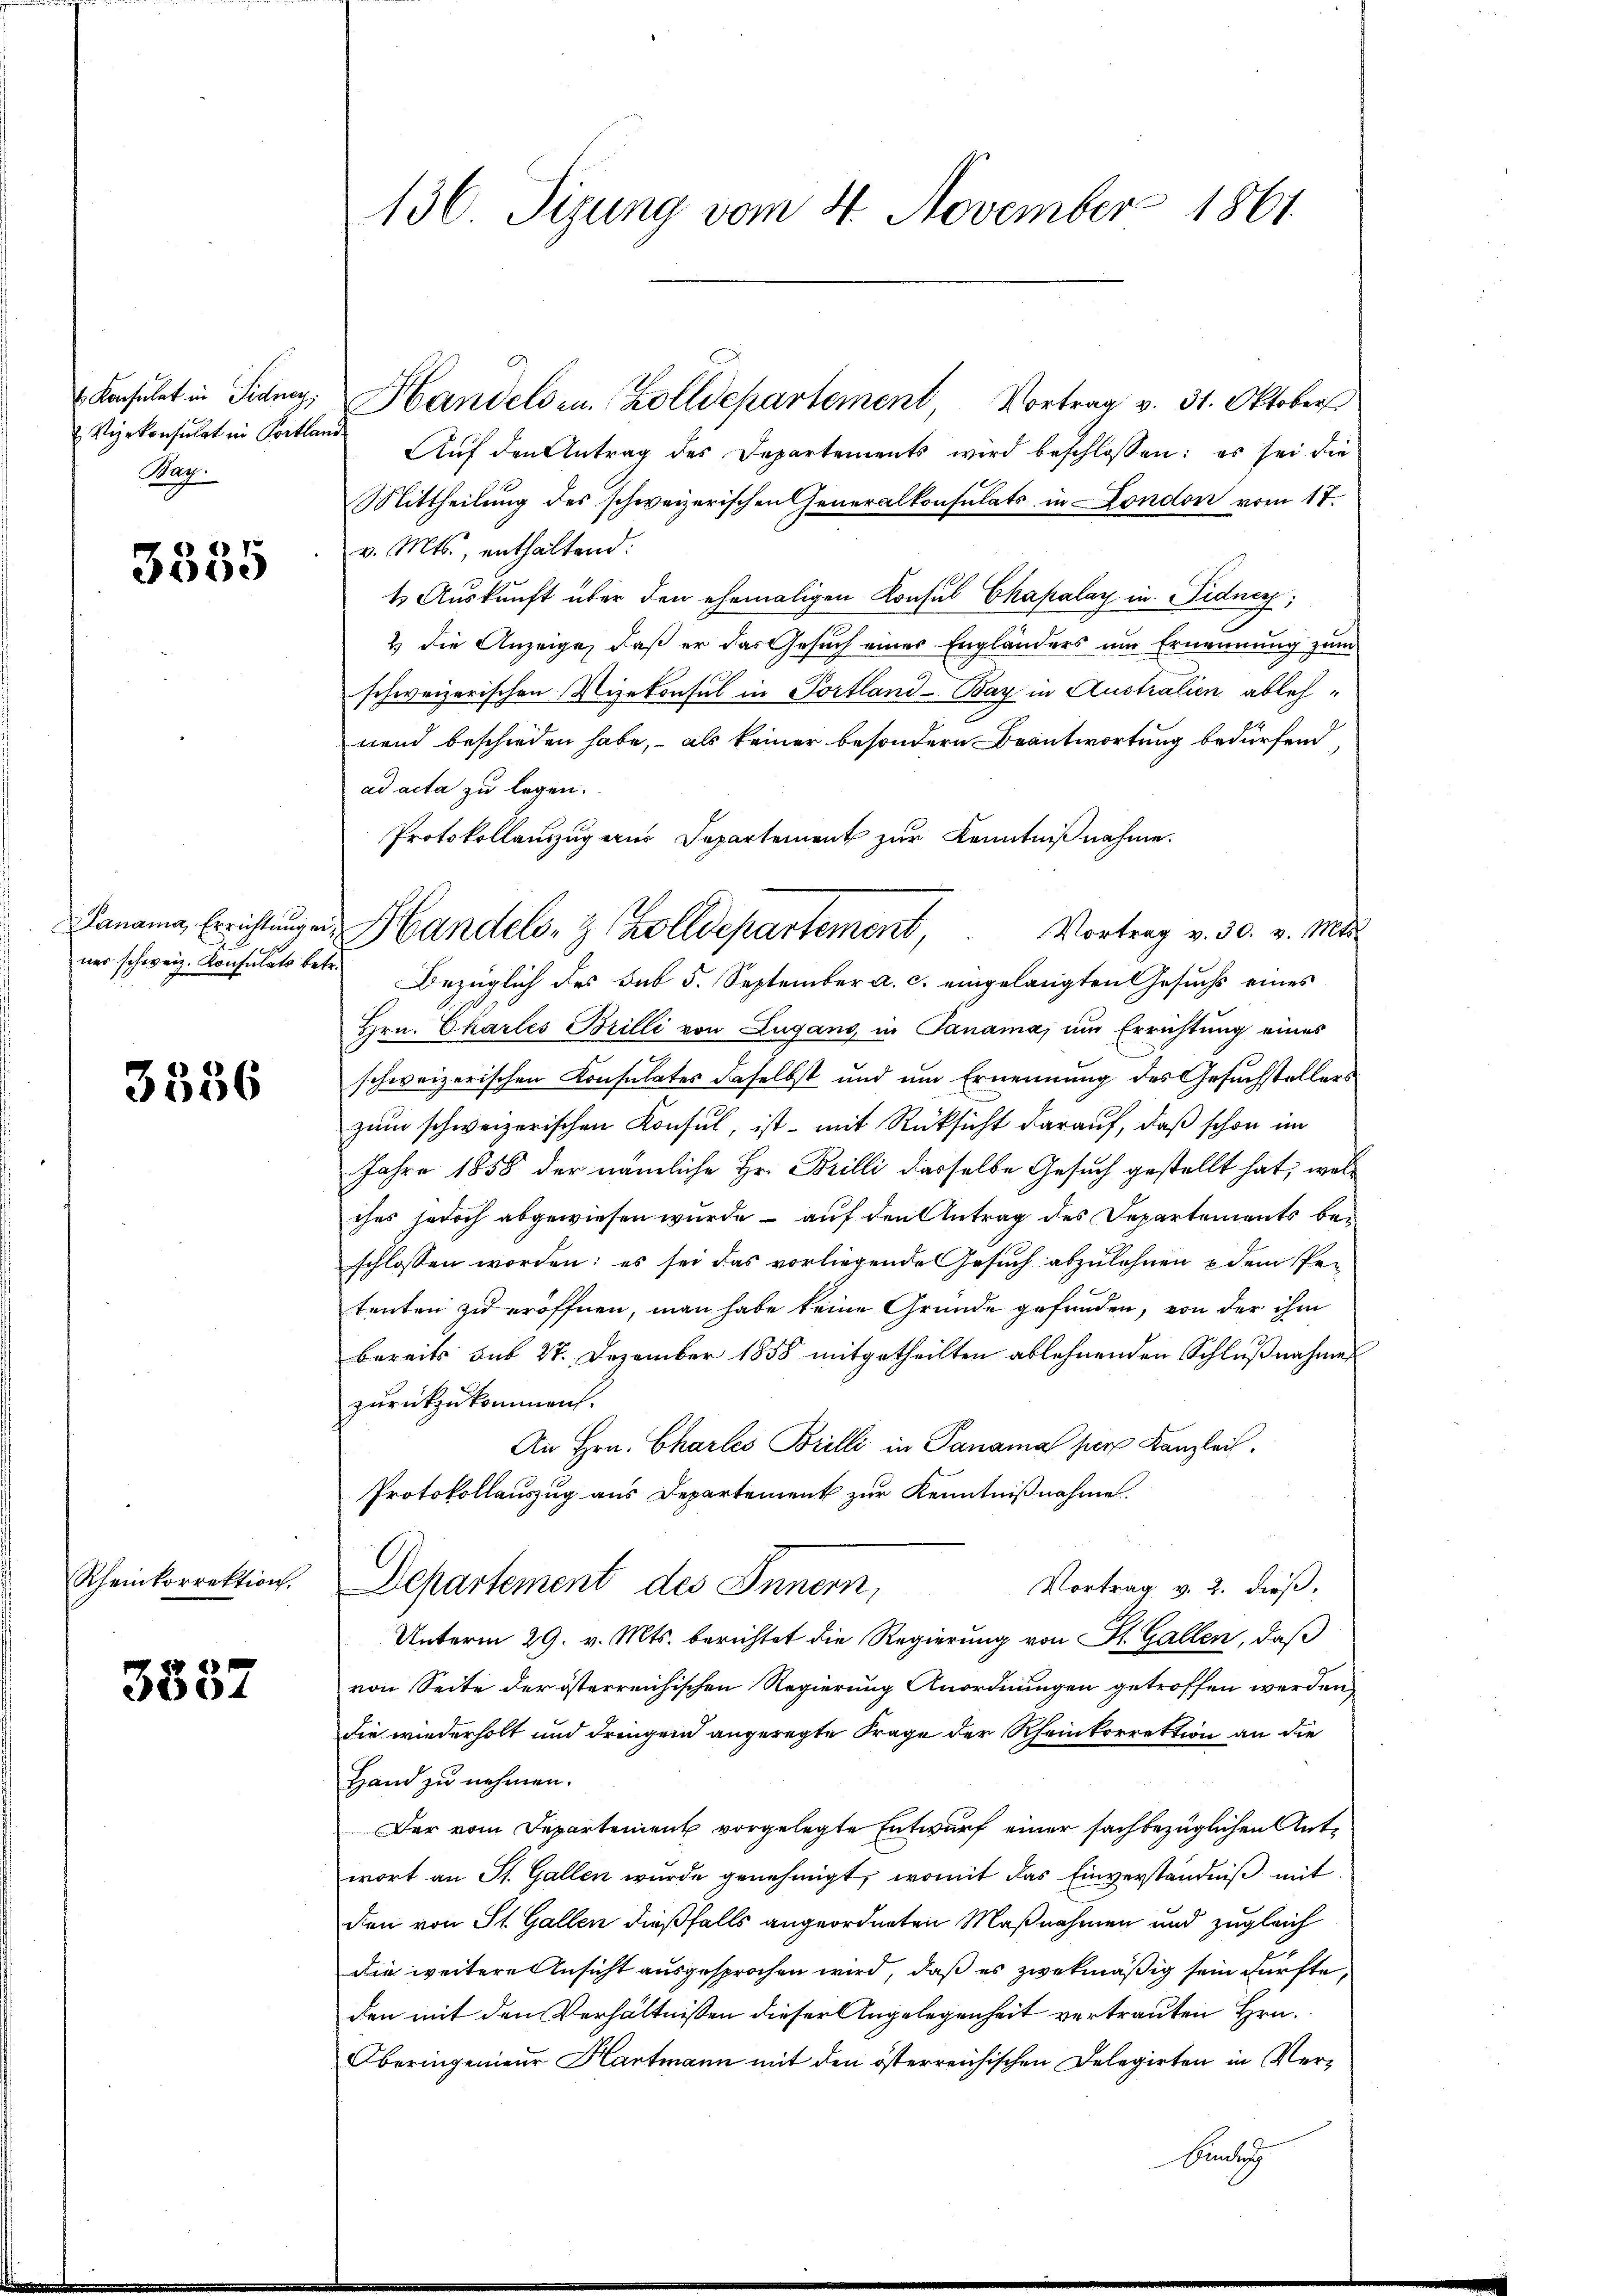
Konsulat in Fidney;
Vizekonsulat in Portlaris
Bag.

3335

Lanama, Errichtung en
ner schweiz. Konsulats betr.

3536

Rheinkorrektion.

204

136 Tizung vom 4. November 1861

Handels u. Zolldepartement Vortrag v. 31. Oktober
Auf den Antrag des Departements wird beschlossen: es sei die
Mittheilung des schweizerischen Generalkonsulats in London vom 17.
v. Mts., enthaltend:
t Auskunft über den ehemaligen Konsul Chapalay in Fidner,
2 die Anzeige, daß er das Gesuch einer Engländers um Ernennung zum
schweizerischen Vizekonsul in Portland-Bay in Australien ablehnend beschieden habe, – als keiner besondern Beantwortung bedürfen
ad acta zu legen.
Protokollauszug eines Departement zur Kenntnißnahme.
Bezüglich des Sub 5. September a. c. eingelangten Gesuchs eines
Hrn. Chartes Brilli von Lugano, in Panama, um Errichtung eines
schweizerischen Consulates daselbst und um Ernennung des Gesuchstellers
zum schweizerischen Konsul, ist - mit Rücksicht darauf, daß schon im
Jahre 1858 der nämliche Hr. Brilli dasselbe Gesuch gestellt hat; welches jedoch abgewiesen wurde – auf den Antrag des Departements beschlossen worden; es sei das vorliegende Gesuch abzulehnen & dem Per
tenten zu eröffnen, man habe keine Gründe gefunden, von der ihm
bereits sub 27. Dezember 1858 mitgetheilten ablehnenden Schlußnahmen
zurückzukommen.
An Hrn. Charles Brilli in Panama per Kanzlei.
Protokollauszug aus Departement zur Kenntnißnahme.
Vortrag v. 2. dieß,
Departement des Innern,
Unterm 29. v. Mts. berichtet die Regierung von St. Gallen, daß
von Seite der österreichischen Regierung Anordnungen getroffen werden
die wiederholt und dringen angeregte Frage der Rheinkorrektion an die
Hand zu nehmen.
Der vom Departement vorgelegte Entwurf einer sachbezüglichen Antwort an St. Gallen wurde genehmigt, womit das Einverständniß mit
den von St. Gallen dießfalls angeordneten Maßnahmen und zugleich
die weitere Ansicht ausgesprochen wird, daß es zwekmäßig sein dürfte,
den mit den Verhältnissen dieser Angelegenheit vertrauten Hrn.
Oberingenieur Hartmann mit den österreichischen Delegirten in Ver¬

Handels- & Zolldepartement, Vortrag v. 30. v. Mts